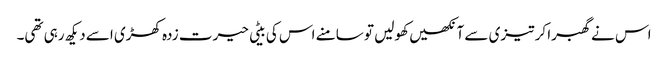
اس نے گھبرا کر تیزی سے آنکھیں کھولیں تو سامنے اس کی بیٹی حیرت زدہ کھڑی اسے دیکھ رہی تھی۔